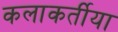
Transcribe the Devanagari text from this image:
कलाकर्तीया